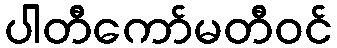
ပါတီကော်မတီဝင်